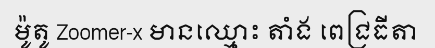
ម៉ូតូ Zoomer-x មានឈ្មោះ តាំង ពេជ្រធីតា